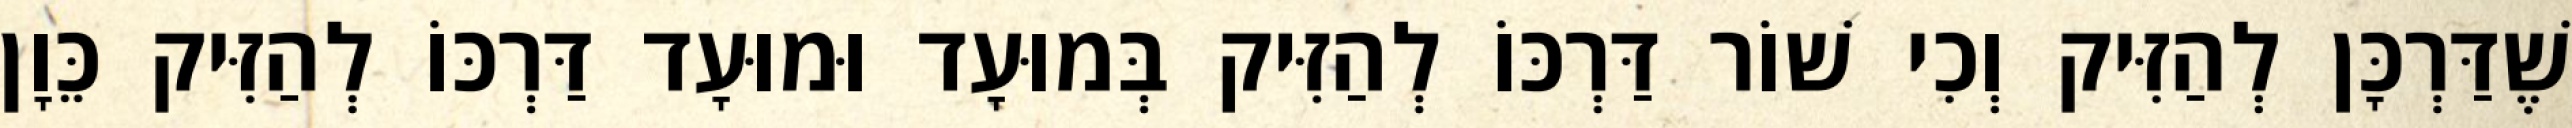
שֶׁדַּרְכָּן לְהַזִּיק וְכִי שׁוֹר דַּרְכּוֹ לְהַזִּיק בְּמוּעָד וּמוּעָד דַּרְכּוֹ לְהַזִּיק כֵּוָן